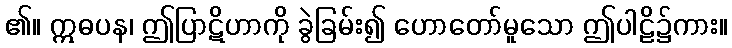
၏။ ဣဓပန၊ ဤပြာဋိဟာကို ခွဲခြမ်း၍ ဟောတော်မူသော ဤပါဠိ၌ကား။